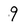
Character: 9